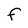
Character: F